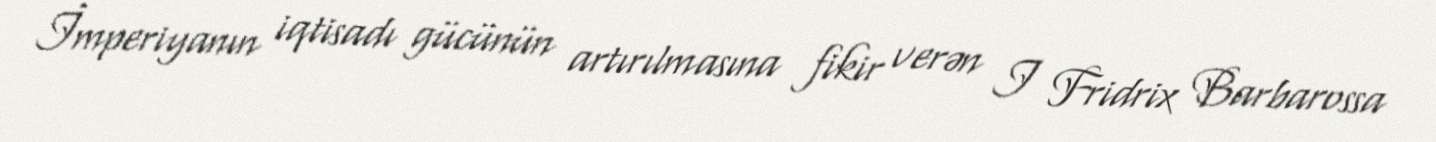
İmperiyanın iqtisadı gücünün artırılmasına fikir verən I Fridrix Barbarossa